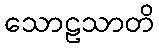
သောဠသာတိ